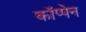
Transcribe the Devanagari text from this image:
कॉप्पेन